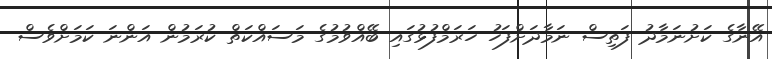
އޭނާގެ ކަށުނަމާދު ފަތިސް ނަމާދަށްފަހު ހަރަމްފުޅުގައި ބޭއްވުމުގެ މަސައްކަތް ކުރަމުން އަންނަ ކަމަށްވެސް